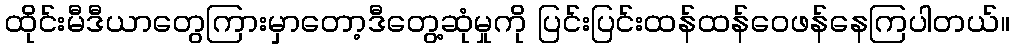
ထိုင်းမီဒီယာတွေကြားမှာတော့ဒီတွေ့ဆုံမှုကို ပြင်းပြင်းထန်ထန်ဝေဖန်နေကြပါတယ်။